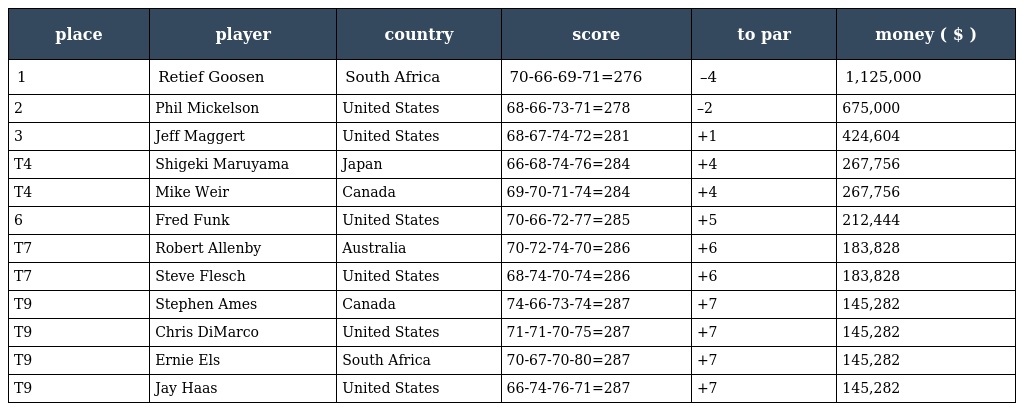
| place | player | country | score | to par | money ( $ ) |
 | --- | --- | --- | --- | --- | --- |
 | 1 | Retief Goosen | South Africa | 70-66-69-71=276 | –4 | 1,125,000 |
 | 2 | Phil Mickelson | United States | 68-66-73-71=278 | –2 | 675,000 |
 | 3 | Jeff Maggert | United States | 68-67-74-72=281 | +1 | 424,604 |
 | T4 | Shigeki Maruyama | Japan | 66-68-74-76=284 | +4 | 267,756 |
 | T4 | Mike Weir | Canada | 69-70-71-74=284 | +4 | 267,756 |
 | 6 | Fred Funk | United States | 70-66-72-77=285 | +5 | 212,444 |
 | T7 | Robert Allenby | Australia | 70-72-74-70=286 | +6 | 183,828 |
 | T7 | Steve Flesch | United States | 68-74-70-74=286 | +6 | 183,828 |
 | T9 | Stephen Ames | Canada | 74-66-73-74=287 | +7 | 145,282 |
 | T9 | Chris DiMarco | United States | 71-71-70-75=287 | +7 | 145,282 |
 | T9 | Ernie Els | South Africa | 70-67-70-80=287 | +7 | 145,282 |
 | T9 | Jay Haas | United States | 66-74-76-71=287 | +7 | 145,282 |